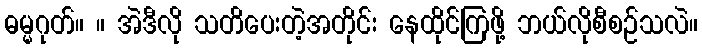
ဓမ္မဂုတ်။ ။ အဲဒီလို သတိပေးတဲ့အတိုင်း နေထိုင်ကြဖို့ ဘယ်လိုစီစဉ်သလဲ။